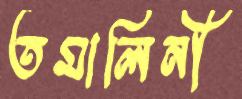
তমালিনী